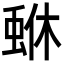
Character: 𮔏